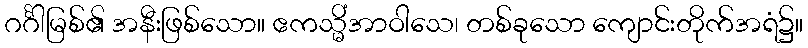
ဂင်္ဂါမြစ်၏ အနီးဖြစ်သော။ ဧကသ္မိံအာဝါသေ၊ တစ်ခုသော ကျောင်းတိုက်အရံ၌။